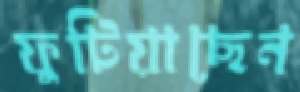
ফুটিয়াছেন